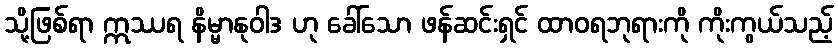
သို့ဖြစ်ရာ ဣဿရ နိမ္မာနုဝါဒ ဟု ခေါ်သော ဖန်ဆင်းရှင် ထာဝရဘုရားကို ကိုးကွယ်သည့်